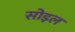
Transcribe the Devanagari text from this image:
सोइल